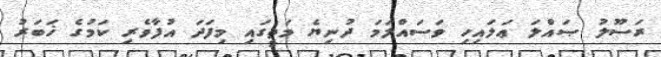
ރަސޫލު ޞައްލަ ޢަލައިހި ވަސައްލަމަ ދުނިޔެ މަތީގައި މިފަދަ އުފާވެރި ކަމުގެ ޚަބަރު